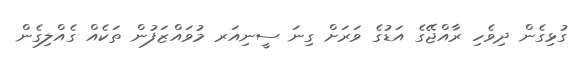
ގުޅިގެން ދިވެހި ރާއްޖޭގެ އަޑުގެ ވަރަށް ގިނަ ސީނިއަރ މުވައްޒަފުން ތަކެއް ގެއްލިގެން